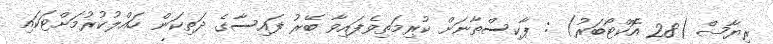
ރިޔާޟް (28 އޮކްޓޯބަރު) : ޕާކިސްތާނަށް ކުރިމަތިވެފައިވާ ބޭރު ފައިސާގެ ދަތިކަން ހައްލުކުރުމަށްޓަކައި